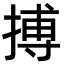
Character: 搏